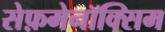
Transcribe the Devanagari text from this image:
सेफ़मेनॉक्सिम